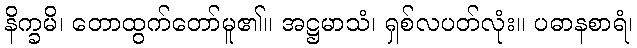
နိက္ခမိ၊ တောထွက်တော်မူ၏။ အဋ္ဌမာသံ၊ ရှစ်လပတ်လုံး။ ပဓာနစာရံ၊